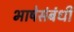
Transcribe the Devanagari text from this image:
भाषेसंबंधी